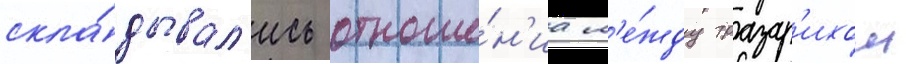
скла́дывал'ись отноше́н'иа м'е́жду тразар'ихом